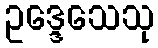
ဥဒ္ဒေသေသု